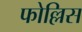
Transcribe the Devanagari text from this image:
फोल्लिस